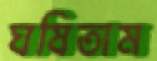
ঘষিতাম